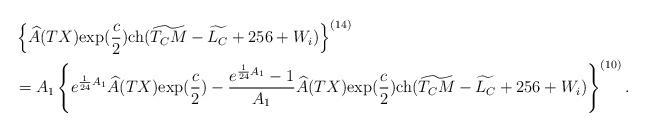
LaTeX: \begin{align*}&\left\{\widehat{A}(TX){\rm exp}(\frac{c}{2}){\rm ch}(\widetilde{T_CM}-\widetilde{L_C}+256+W_i)\right\}^{(14)}\\&=A_1\left\{e^{\frac{1}{24}A_1}\widehat{A}(TX){\rm exp}(\frac{c}{2})-\frac{e^{\frac{1}{24}A_1}-1}{A_1}\widehat{A}(TX){\rm exp}(\frac{c}{2}){\rm ch}(\widetilde{T_CM}-\widetilde{L_C}+256+W_i)\right\}^{(10)}. \end{align*}